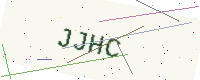
Text: JJHC